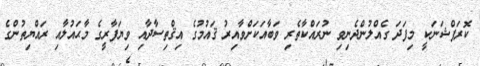
ކޮރަޕްޝަނަކީ މިފަދަ ގެއްލުންދެނިވި ނުރައްކާތެރި ވަބާއަކަށްވާއިރު ޤައުމުގެ އިޤްތިސާދާއި ވިޔަފާރީގެ މާޙައުލާއި ރައްޔިތުންގެ